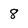
Character: 8